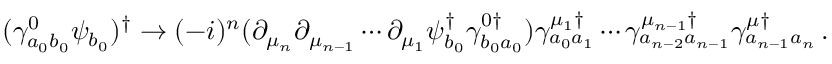
( \gamma _ { a _ { 0 } b _ { 0 } } ^ { 0 } \psi _ { b _ { 0 } } ) ^ { \dagger } \rightarrow ( - i ) ^ { n } ( \partial _ { \mu _ { n } } \partial _ { \mu _ { n - 1 } } \cdots \partial _ { \mu _ { 1 } } \psi _ { b _ { 0 } } ^ { \dagger } \gamma _ { b _ { 0 } a _ { 0 } } ^ { 0 \dagger } ) \gamma _ { a _ { 0 } a _ { 1 } } ^ { \mu _ { 1 } \dagger } \cdots \gamma _ { a _ { n - 2 } a _ { n - 1 } } ^ { \mu _ { n - 1 } \dagger } \gamma _ { a _ { n - 1 } a _ { n } } ^ { \mu \dagger } \, .